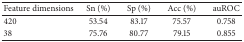
<table><thead><tr><td><b>Feature dimensions</b></td><td><b>Sn (%)</b></td><td><b>Sp (%)</b></td><td><b>Acc (%)</b></td><td><b>auROC</b></td></tr></thead><tbody><tr><td>420</td><td>53.54</td><td>83.17</td><td>75.57</td><td>0.758</td></tr><tr><td>38</td><td>75.76</td><td>80.77</td><td>79.15</td><td>0.855</td></tr></tbody></table>